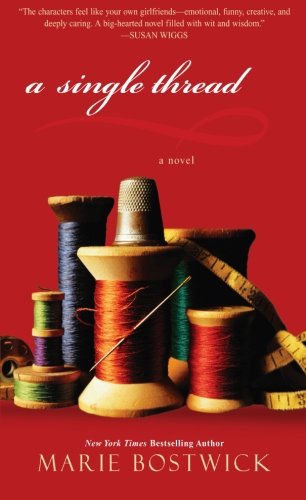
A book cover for A Single Thread (Cobbled Court Quilts); Marie Bostwick; Literature & Fiction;